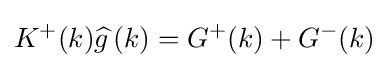
K^{+}(k){\widehat {g\,}}(k)=G^{+}(k)+G^{-}(k)